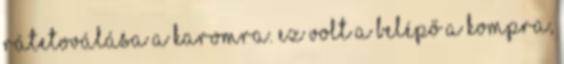
rátetoválása a karomra. Ez volt a belépő a Kompra,